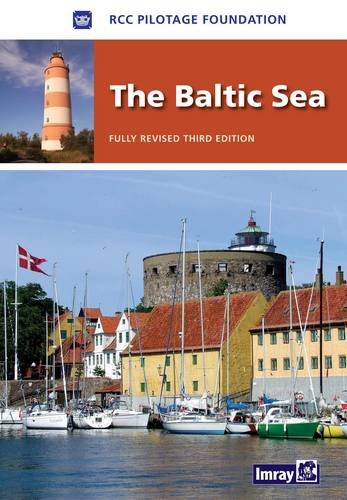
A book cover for The Baltic Sea: Germany, Denmark, Sweden, Finland, Russia, Poland, Kaliningrad, Lithuania, Latvia, Estonia; Mike Lewin-Harris; Travel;